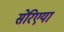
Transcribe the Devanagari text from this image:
सेरिएया